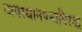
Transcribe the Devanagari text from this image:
व्यवस्थानपनाविरुद्ध